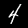
Digit: 4